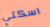
اسكتي